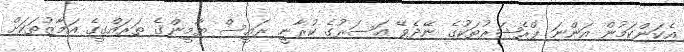
އެކަންކަމުން އަންނަ ޕްރެޝަރުތަކުގެ ނޭދެވޭ އަސަރުގެ ކުރާނީ ރައީސް ޔާމީންގެ ތަރައްގީގެ އަމާޒުތަކަށް